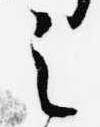
之